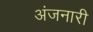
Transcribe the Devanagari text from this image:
अंजनारी